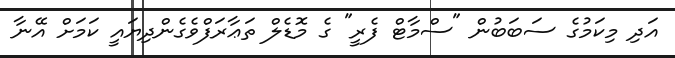
އަދި މިކަމުގެ ސަބަބުން "ސްމާޓް ފެރީ" ގެ މޮޑެލް ތަޢާރަފްވެގެންދިޔައީ ކަމަށް އޭނާ